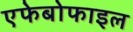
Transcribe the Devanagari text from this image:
एफेबोफाइल